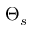
\Theta _ { s }